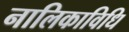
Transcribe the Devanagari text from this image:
नालिकाविधि